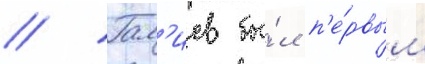
// Гал'иев бы́л п'е́рвым